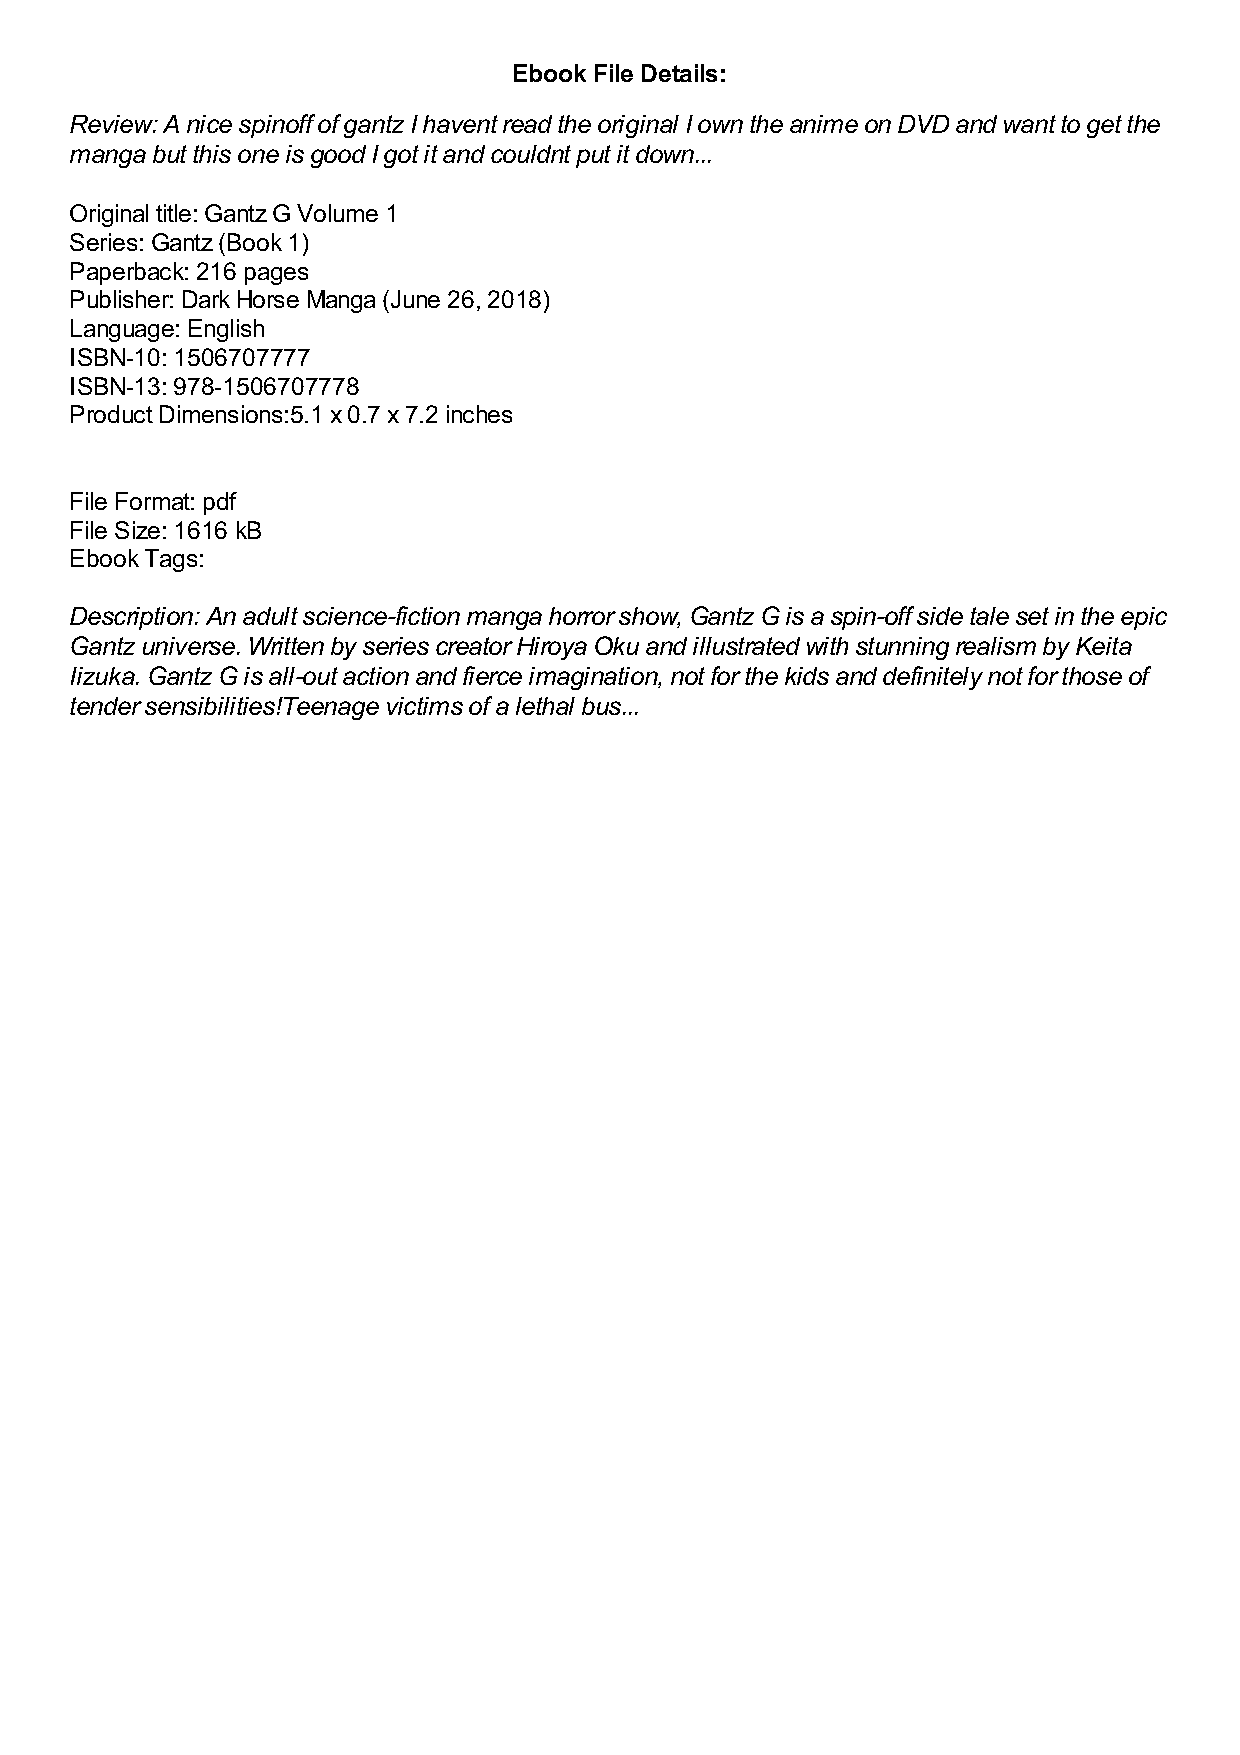
Ebook File Details:
 Review: A nice spinoff of gantz I havent read the original I own the anime on DVD and want to get the
 manga but this one is good I got it and couldnt put it down...
 Original title: Gantz G Volume 1
 Series: Gantz (Book 1)
 Paperback: 216 pages
 Publisher: Dark Horse Manga (June 26, 2018)
 Language: English
 ISBN-10: 1506707777
 ISBN-13: 978-1506707778
 Product Dimensions:5.1 x 0.7 x 7.2 inches
 File Format: pdf
 File Size: 1616 kB
 Ebook Tags:
 Description: An adult science-fiction manga horror show, Gantz G is a spin-off side tale set in the epic
 Gantz universe. Written by series creator Hiroya Oku and illustrated with stunning realism by Keita
 Iizuka. Gantz G is all-out action and fierce imagination, not for the kids and definitely not for those of
 tender sensibilities!Teenage victims of a lethal bus...